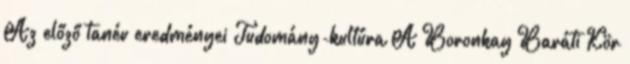
Az előző tanév eredményei Tudomány-kultúra A Boronkay Baráti Kör